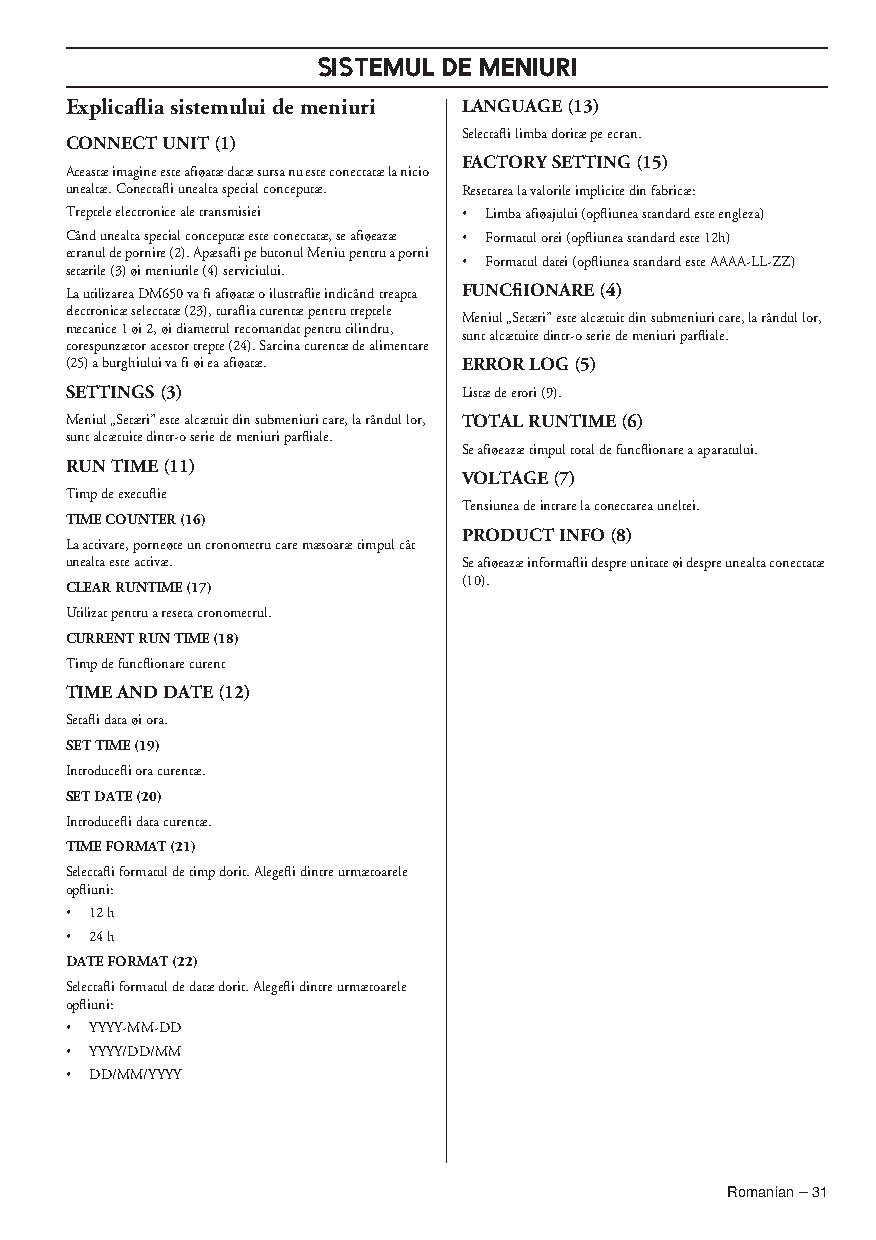
SISTEMUL DE MENIURI
 Explicaflia sistemului de meniuri LANGUAGE (13)
 Selectafli limba doritæ pe ecran.
 CONNECT UNIT (1)
 FACTORY SETTING (15)
 Aceastæ imagine este afiøatæ dacæ sursa nu este conectatæ la nicio
 unealtæ. Conectafli unealta special conceputæ. Resetarea la valorile implicite din fabricæ:
 Treptele electronice ale transmisiei • Limba afiøajului (opfliunea standard este engleza)
 Când unealta special conceputæ este conectatæ, se afiøeazæ • Formatul orei (opfliunea standard este 12h)
 ecranul de pornire (2). Apæsafli pe butonul Meniu pentru a porni • Formatul datei (opfliunea standard este AAAA-LL-ZZ)
 setærile (3) øi meniurile (4) serviciului.
 La utilizarea DM650 va fi afiøatæ o ilustraflie indicând treapta FUNCfiIONARE (4)
 electronicæ selectatæ (23), turaflia curentæ pentru treptele
 Meniul „Setæri” este alcætuit din submeniuri care, la rândul lor,
 mecanice 1 øi 2, øi diametrul recomandat pentru cilindru,
 sunt alcætuite dintr-o serie de meniuri parfliale.
 corespunzætor acestor trepte (24). Sarcina curentæ de alimentare
 (25) a burghiului va fi øi ea afiøatæ. ERROR LOG (5)
 SETTINGS (3)               Listæ de erori (9).
 Meniul „Setæri” este alcætuit din submeniuri care, la rândul lor, TOTAL RUNTIME (6)
 sunt alcætuite dintr-o serie de meniuri parfliale.
 Se afiøeazæ timpul total de funcflionare a aparatului.
 RUN TIME (11)
 VOLTAGE (7)
 Timp de execuflie
 Tensiunea de intrare la conectarea uneltei.
 TIME COUNTER (16)
 PRODUCT INFO (8)
 La activare, porneøte un cronometru care mæsoaræ timpul cât
 unealta este activæ.       Se afiøeazæ informaflii despre unitate øi despre unealta conectatæ
 (10).
 CLEAR RUNTIME (17)
 Utilizat pentru a reseta cronometrul.
 CURRENT RUN TIME (18)
 Timp de funcflionare curent
 TIME AND DATE (12)
 Setafli data øi ora.
 SET TIME (19)
 Introducefli ora curentæ.
 SET DATE (20)
 Introducefli data curentæ.
 TIME FORMAT (21)
 Selectafli formatul de timp dorit. Alegefli dintre urmætoarele
 opfliuni:
 • 12 h
 • 24 h
 DATE FORMAT (22)
 Selectafli formatul de datæ dorit. Alegefli dintre urmætoarele
 opfliuni:
 • YYYY-MM-DD
 • YYYY/DD/MM
 • DD/MM/YYYY
 Romanian – 31